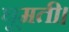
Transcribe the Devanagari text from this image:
घूमती।